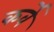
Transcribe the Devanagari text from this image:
कर्वेे